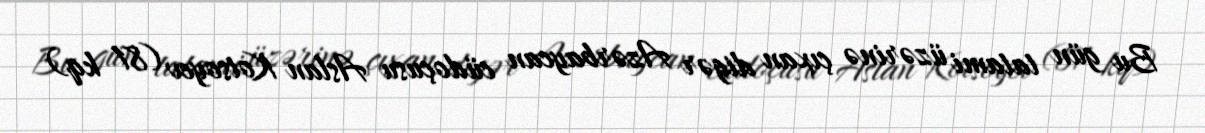
Bu gün tatami üzərinə çıxan digər Azərbaycan cüdoçusu Aslan Kotsoyev (81 kq)